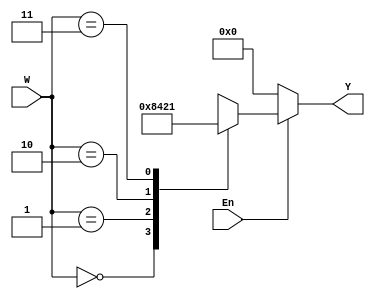
// This program was cloned from: https://github.com/huangxc6/Software_Hardware_Co-Design_24Spring
// License: MIT License

//Function: dec 2 to 4

module decoder
#(parameter CODEWID = 2, OUTWID=4)
(
   input      [CODEWID-1:0] W,
   input                    En,
   output reg [OUTWID-1:0]  Y
);
                    
always @ (*)
 begin
  if(En == 1)    
     case(W)     
       2'b00:  Y = 'b1000;
       2'b01:  Y = 'b0100;
       2'b10:  Y = 'b0010;
       2'b11:  Y = 'b0001;                
     endcase
  else
     Y = 'b0000;    
 end
 
endmodule